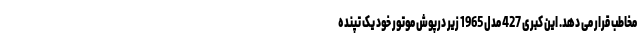
مخاطب قرار می دهد. این کبری 427 مدل 1965 زیر درپوش موتور خود یک تپنده